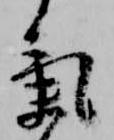
気